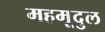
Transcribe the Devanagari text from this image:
महमूदुल